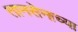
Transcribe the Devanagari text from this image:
तानसेनाच्या